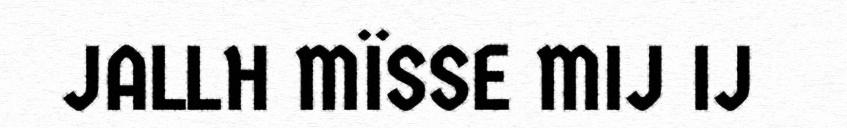
JALLH MÏSSE MIJ IJ